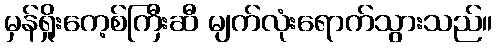
မှန်ရှိုးကေ့စ်ကြီးဆီ မျက်လုံးရောက်သွားသည်။